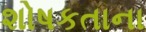
શોષકતાના